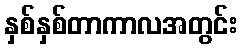
နှစ်နှစ်တာကာလအတွင်း